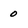
Character: o